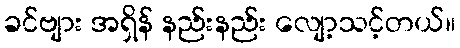
ခင်ဗျား အရှိန် နည်းနည်း လျော့သင့်တယ်။